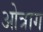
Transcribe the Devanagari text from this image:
ओत्राग